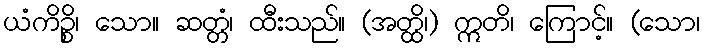
ယံကိဉ္စိ၊ သော။ ဆတ္တံ၊ ထီးသည်။ (အတ္ထိ၊) ဣတိ၊ ကြောင့်။ (သော၊